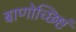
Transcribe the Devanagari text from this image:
बाणोच्छिष्टं